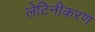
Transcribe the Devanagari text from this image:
लेटिनीकरण